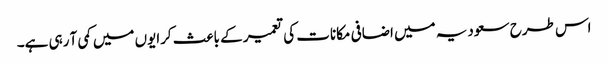
اس طرح سعودیہ میں اضافی مکانات کی تعمیر کے باعث کرایوں میں کمی آ رہی ہے۔